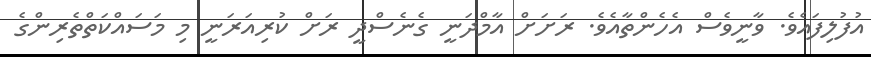
އުފުލިފައެވެ. ވާނީީވެސް އެހެންތާއެވެ. ރަށަށް އާމްދަނީ ގެނެސްދީ ރަށް ކުރިއަރަނީ މި މަސައްކަތްތެރިންގެ